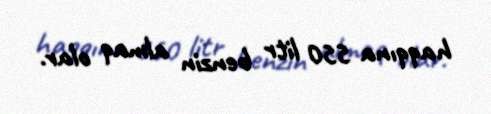
haqqına 550 litr benzin almaq olar.